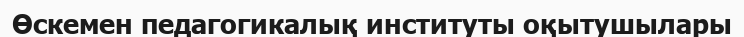
Өскемен педагогикалық институты оқытушылары